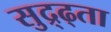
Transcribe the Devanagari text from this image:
सुद्र्ढ्ता